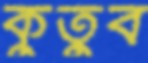
কুতুব